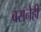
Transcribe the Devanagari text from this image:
बसनेही